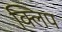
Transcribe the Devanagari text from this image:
क्‍िलप